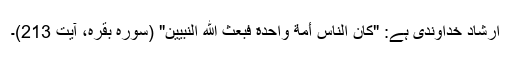
ارشاد خداوندی ہے: "کانَ النَّاسُ أُمَّةً واحِدَةً فَبَعَثَ اللَّهُ النَّبِیِّینَ" (سورہ بقرہ، آیت 213)۔